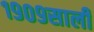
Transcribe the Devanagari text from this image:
१९०९साली